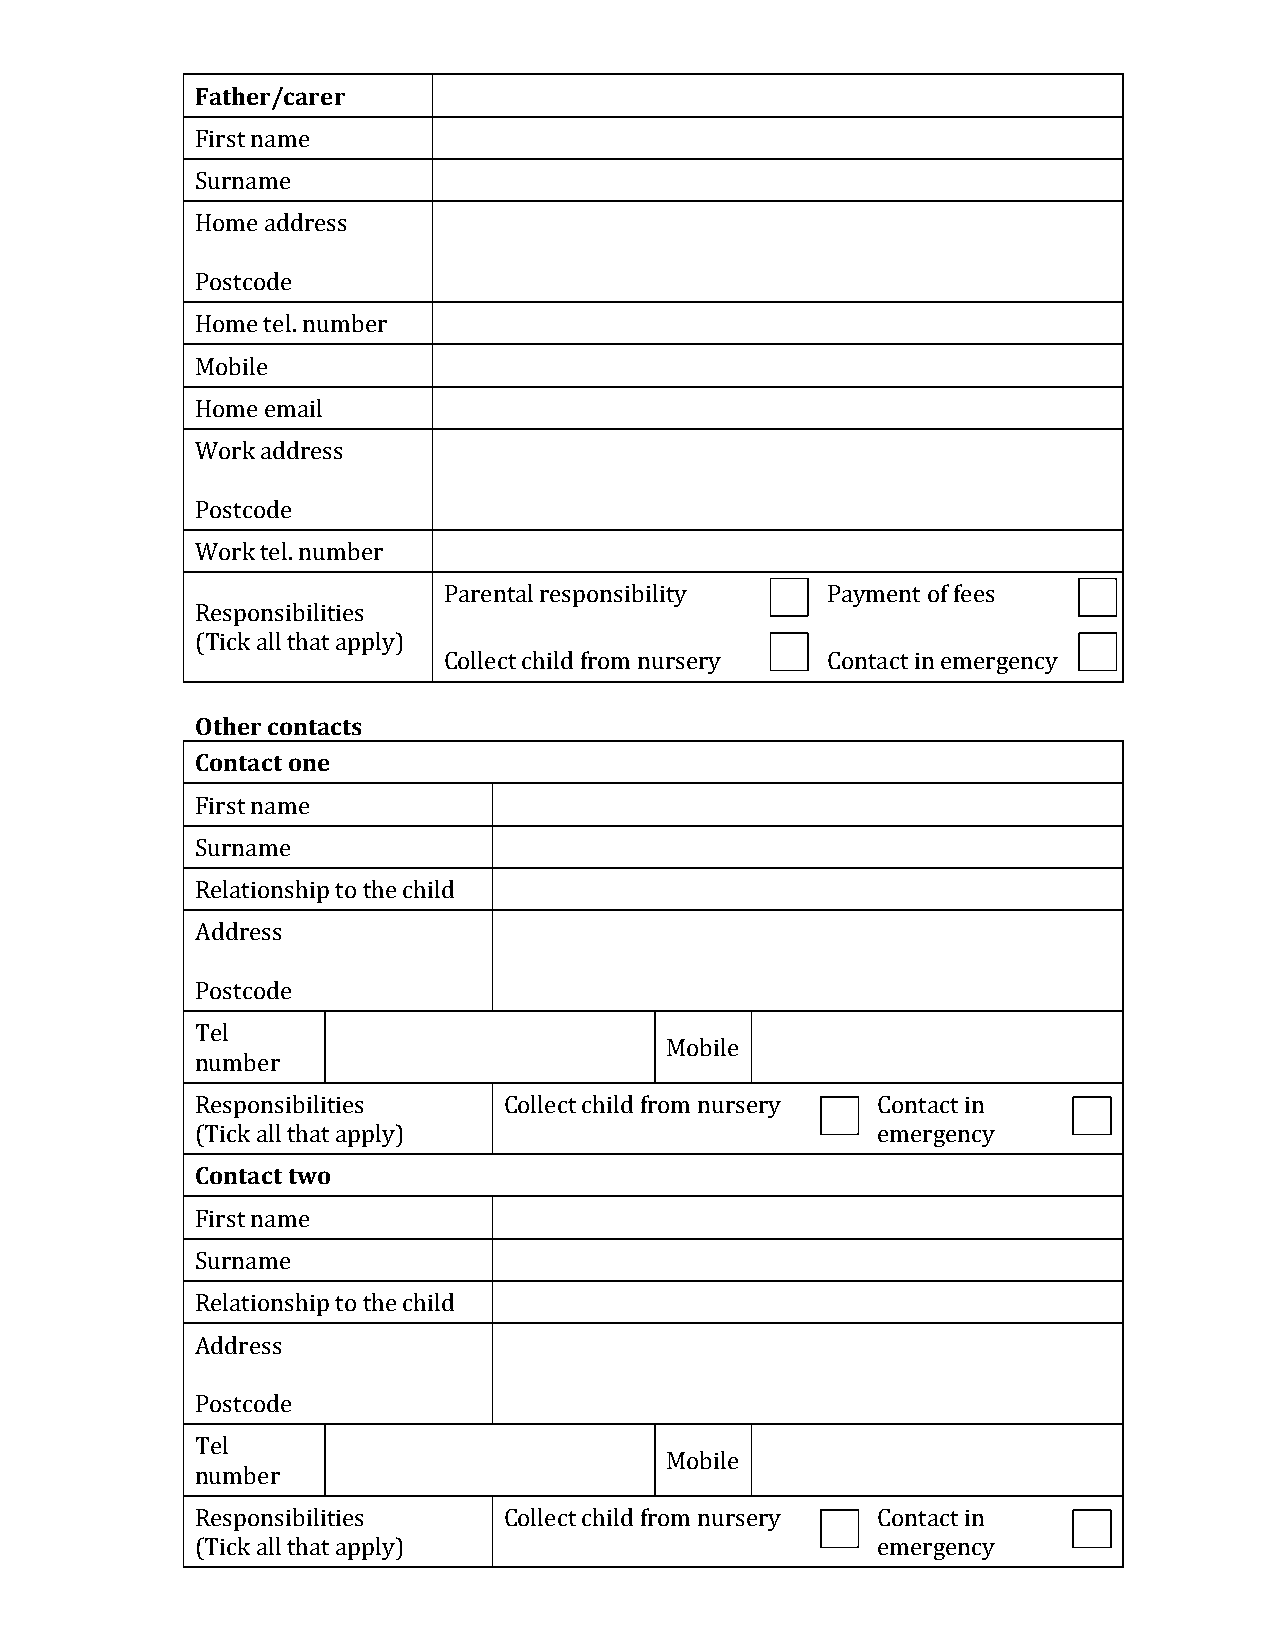
Father/carer
 First name
 Surname
 Home address
 Postcode
 Home tel. number
 Mobile
 Home email
 Work address
 Postcode
 Work tel. number
 Parental responsibility   Payment of fees
 Responsibilities
 (Tick all that apply)
 Collect child from nursery Contact in emergency
 Other contacts
 Contact one
 First name
 Surname
 Relationship to the child
 Address
 Postcode
 Tel
 Mobile
 number
 Responsibilities    Collect child from nursery Contact in
 (Tick all that apply)                        emergency
 Contact two
 First name
 Surname
 Relationship to the child
 Address
 Postcode
 Tel
 Mobile
 number
 Responsibilities    Collect child from nursery Contact in
 (Tick all that apply)                        emergency